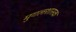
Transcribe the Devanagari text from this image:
मुगलशासक